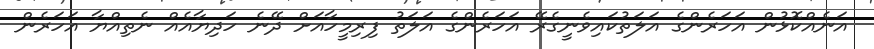
އަނެއްކޮޅުން އަހަރެންގެ އަލަތުކައިވެނީގެރޭ އަހަރެންގެ އަލަތު ފިރިމީހާއަށް ދޭނެ ހަދިޔާއެއް ނެތިއްޔާ އަހަރެން